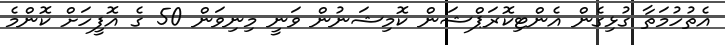
އެތުހުމަތާ ގުޅިގެން އެންޓިކޮރަޕްޝަން ކޮމިޝަނުން ވަނީ މިނިވަން 50 ގެ އޮފީހަށް ކޮންމެ